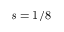
s = 1 / 8